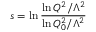
s = \ln \frac { \ln Q ^ { 2 } / \Lambda ^ { 2 } } { \ln Q _ { 0 } ^ { 2 } / \Lambda ^ { 2 } }